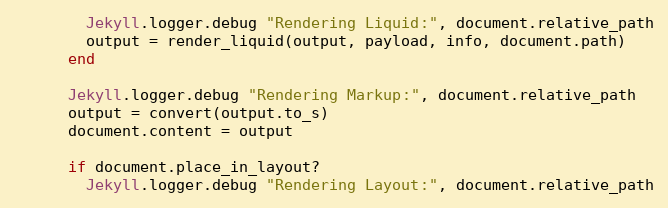
Language: Ruby
        Jekyll.logger.debug "Rendering Liquid:", document.relative_path
        output = render_liquid(output, payload, info, document.path)
      end

      Jekyll.logger.debug "Rendering Markup:", document.relative_path
      output = convert(output.to_s)
      document.content = output

      if document.place_in_layout?
        Jekyll.logger.debug "Rendering Layout:", document.relative_path